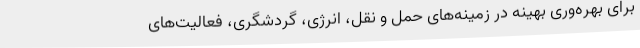
برای بهره‌وری بهینه در زمینه‌های حمل و نقل، انرژی، گردشگری، فعالیت‌های